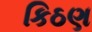
કિઠણ